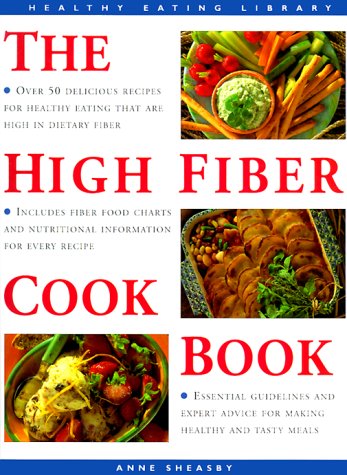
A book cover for The High Fiber Cookbook: Over 50 Delicious Recipes for Healthy Eating (The Healthy Eating Library); Anne Sheasby; Health, Fitness & Dieting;